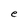
Character: e